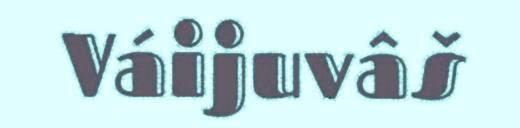
Váijuvâš